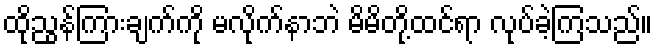
ထိုညွန်ကြားချက်ကို မလိုက်နာဘဲ မိမိတို့ထင်ရာ လုပ်ခဲ့ကြသည်။